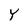
Character: y